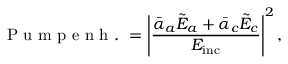
\mathrm { ~ P ~ u ~ m ~ p ~ e ~ n ~ h ~ . ~ } = \left| \frac { \bar { \alpha } _ { a } \tilde { E } _ { a } + \bar { \alpha } _ { c } \tilde { E } _ { c } } { E _ { \mathrm { i n c } } } \right| ^ { 2 } ,